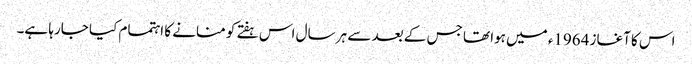
اس کا آغاز 1964ء میں ہوا تھا جس کے بعد سے ہر سال اس ہفتے کو منانے کا اہتمام کیا جارہا ہے۔